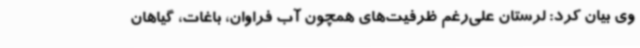
وی بیان کرد: لرستان علی‌رغم ظرفیت‌های همچون آب فراوان، باغات، گیاهان